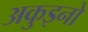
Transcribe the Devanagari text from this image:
अकुइनो